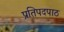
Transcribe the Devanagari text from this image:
प्रतिपदपाठ